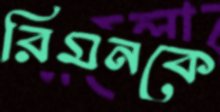
রিমনকে